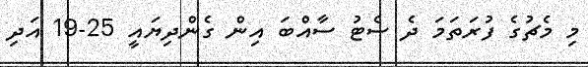
މި މެޗުގެ ފުރަތަމަ ދެ ސެޓު ސާއްބަ އިން ގެންދިޔައީ 25-19 އަދި